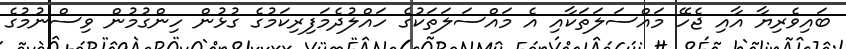
ބައިވެރިޔާ އާއި ޖެހޭ މައްސަލަތަކާއި އެ މައްސަލަތަކުގެ ހައްލުދެމަފިރިކަމުގެ ގުޅުން ހިންގުމުން ވިސްނުމުގެ